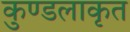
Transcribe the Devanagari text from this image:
कुण्डलाकृत